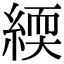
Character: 緛